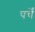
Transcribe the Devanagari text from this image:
पर्चें